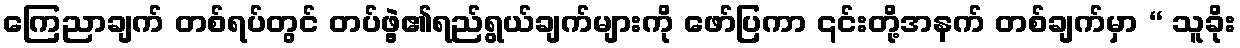
ကြေညာချက် တစ်ရပ်တွင် တပ်ဖွဲ့၏ရည်ရွယ်ချက်များကို ဖော်ပြကာ ၎င်းတို့အနက် တစ်ချက်မှာ “ သူခိုး